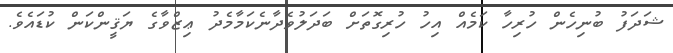
ޝަދަފު ބުނިހެން ހުރިހާ ކަމެއް އިހު ހުރިގޮތަށް ބަދަލުވެދާނެކަމާމެދު ޢިޒްވާގެ ޔަޤީންކަން ކުޑައެވެ.